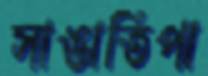
সাঙাতিপা